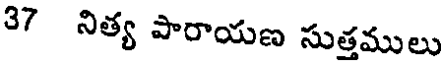
37 నిత్య పారాయణ సుత్తములు